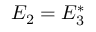
E _ { 2 } = E _ { 3 } ^ { \ast }